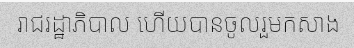
រាជរដ្ឋាភិបាល ហើយបានចូលរួមកសាង